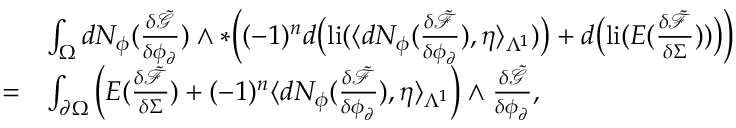
\begin{array} { r l } & { \int _ { \Omega } d N _ { \phi } ( \frac { \delta \tilde { \mathcal { G } } } { \delta \phi _ { \partial } } ) \wedge \ast \Big ( ( - 1 ) ^ { n } d \big ( \mathrm { l i } ( \langle d N _ { \phi } ( \frac { \delta \tilde { \mathcal { F } } } { \delta \phi _ { \partial } } ) , \eta \rangle _ { \Lambda ^ { 1 } } ) \big ) + d \big ( \mathrm { l i } ( E ( \frac { \delta \tilde { \mathcal { F } } } { \delta \Sigma } ) ) \big ) \Big ) } \\ { = } & { \int _ { \partial \Omega } \Big ( E ( \frac { \delta \tilde { \mathcal { F } } } { \delta \Sigma } ) + ( - 1 ) ^ { n } \langle d N _ { \phi } ( \frac { \delta \tilde { \mathcal { F } } } { \delta \phi _ { \partial } } ) , \eta \rangle _ { \Lambda ^ { 1 } } \Big ) \wedge \frac { \delta \tilde { \mathcal { G } } } { \delta \phi _ { \partial } } , } \end{array}